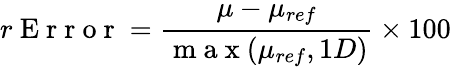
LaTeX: r\mathrm{~E~r~r~o~r~}=\frac{\mu-\mu_{ref}}{\mathrm{~m~a~x~}(\mu_{ref},1D)}\times 100\